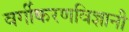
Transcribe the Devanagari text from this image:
वर्गीकरणविज्ञानी